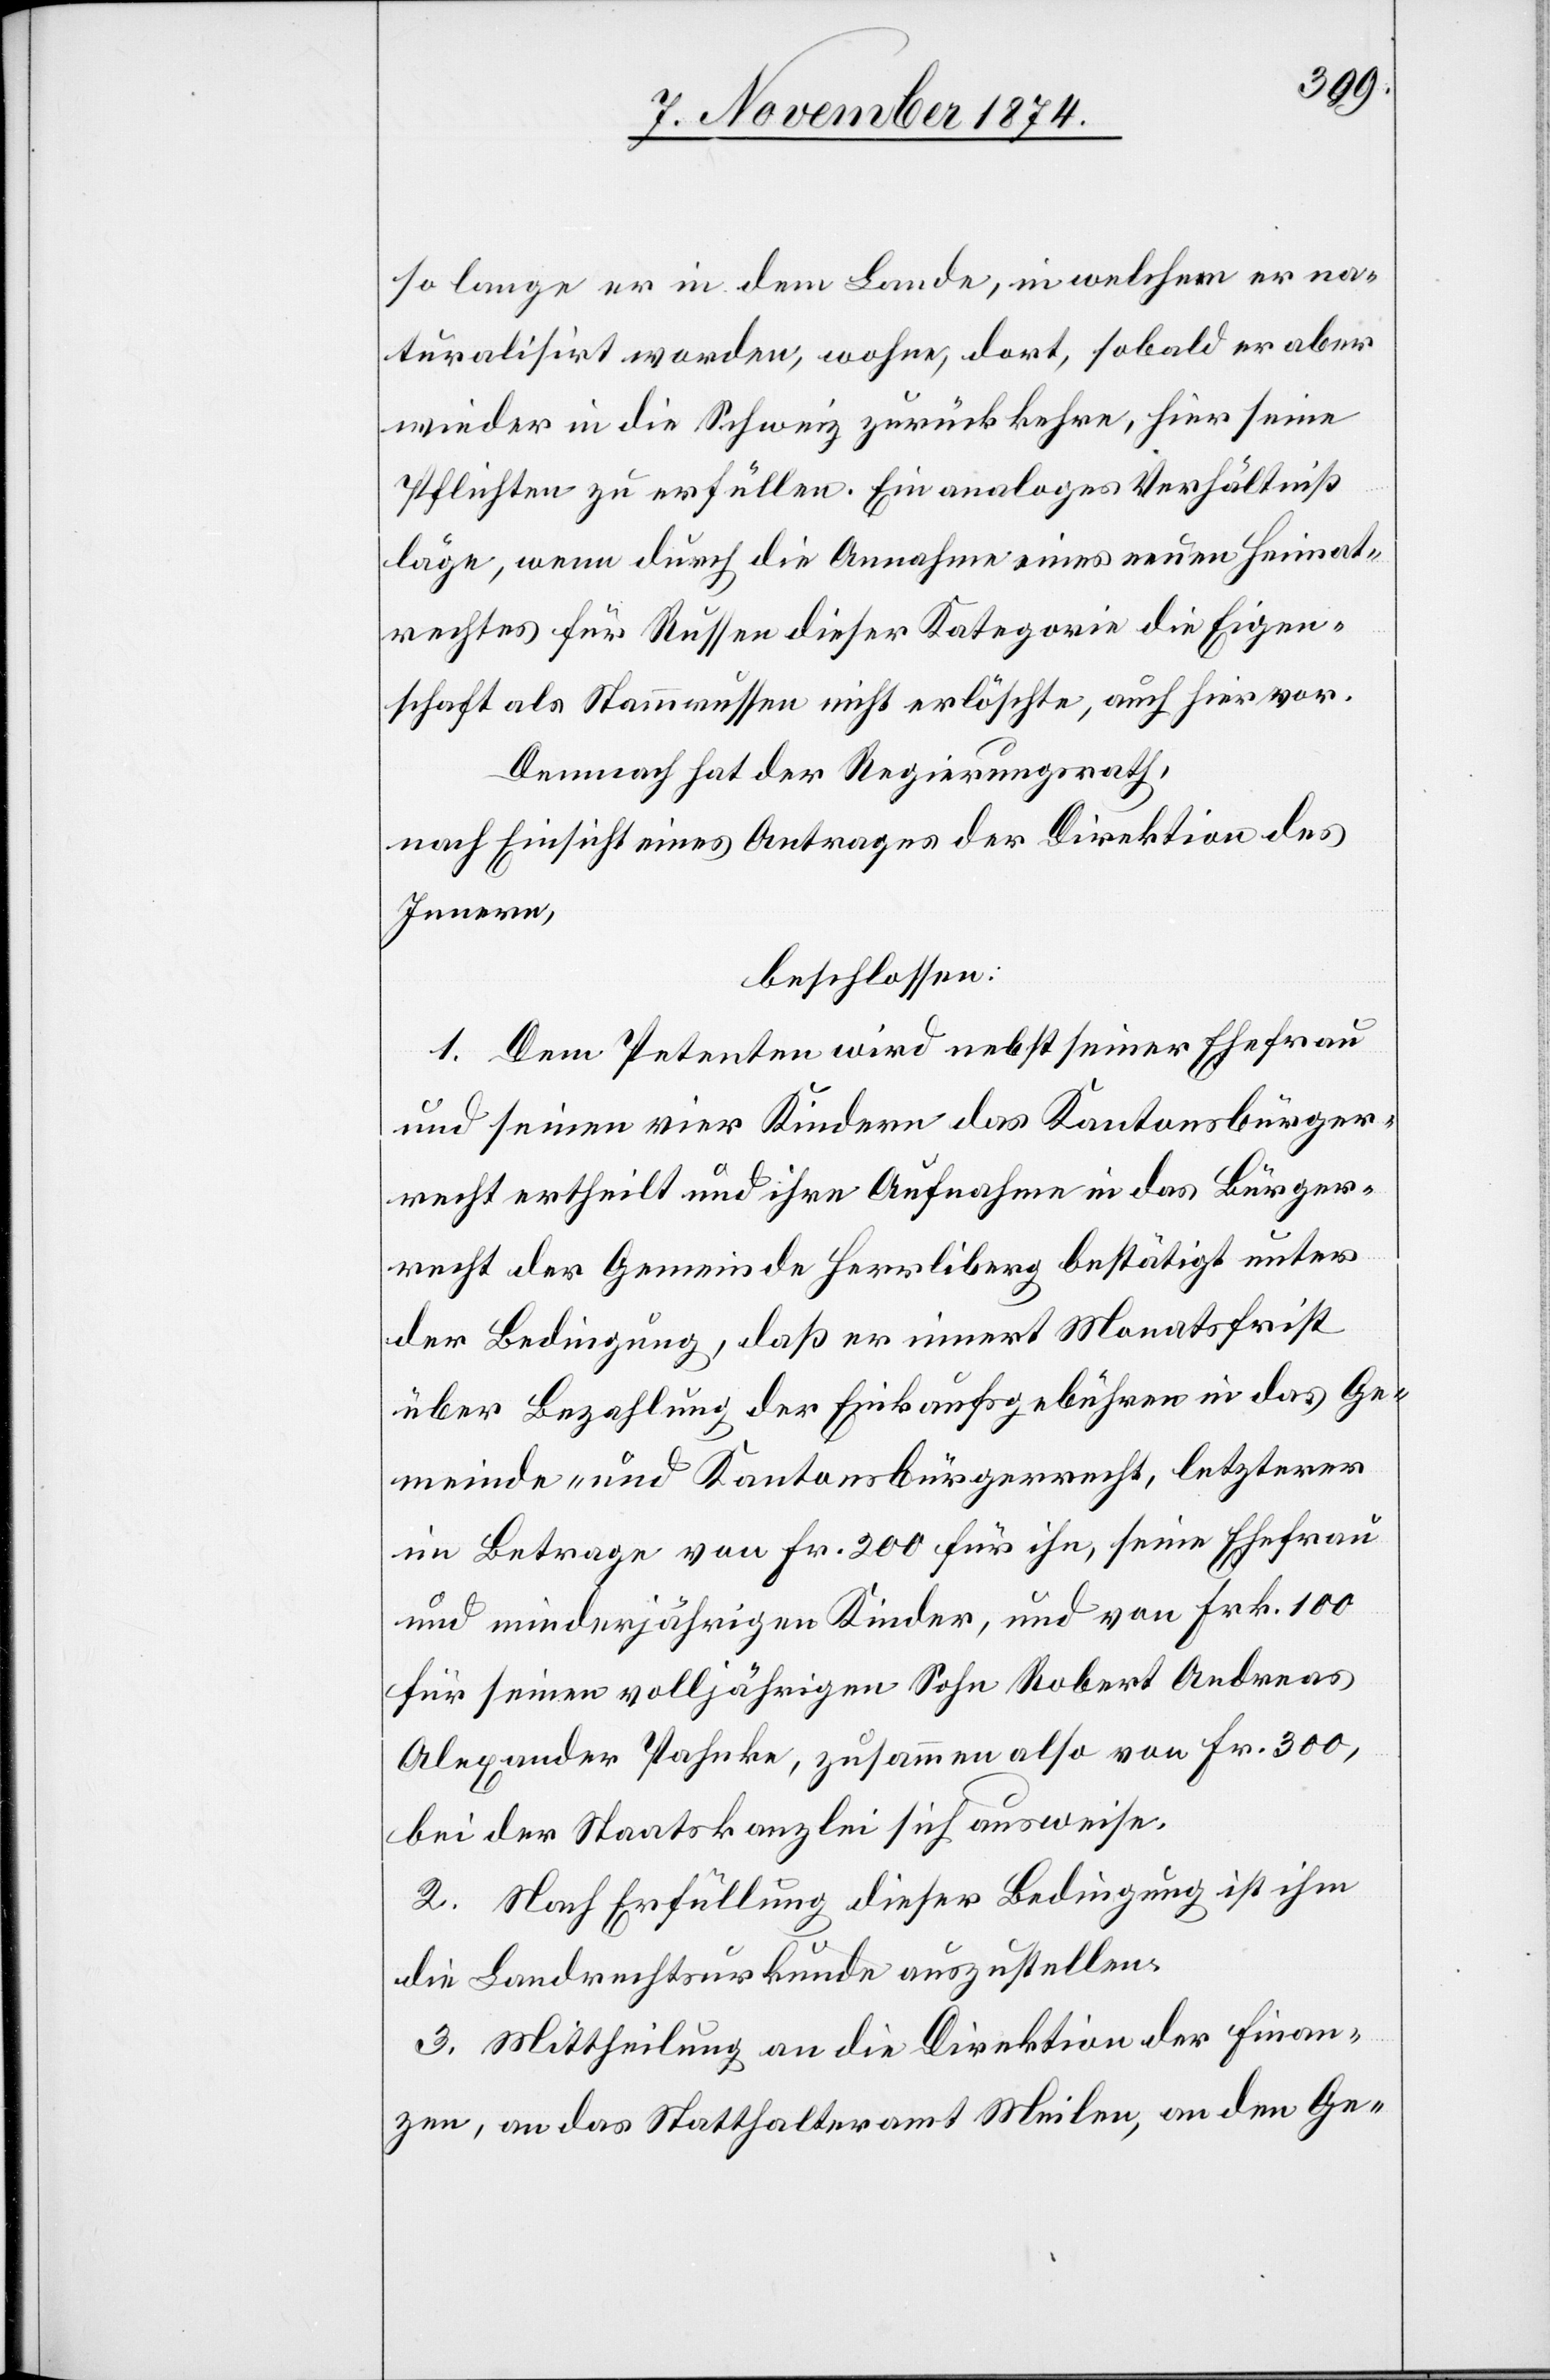
so lange er in dem Lande, in welchem er na¬
turalisirt worden, wohne, dort, sobald er aber
wieder in die Schweiz zurückkehre, hier seine
Pflichten zu erfüllen. Ein analoges Verhältniß
läge, wenn durch die Annahme eines neuen Heimat¬
rechtes für Russen dieser Kategorie die Eigen¬
schaft als Stammrussen nicht erlöschte, auch hier vor.
Demnach hat der Regierungsrath,
nach Einsicht eines Antrages der Direktion des
Innern,
beschlossen:
1. Dem Petenten wird nebst seiner Ehefrau
und seinen vier Kindern das Kantonsbürger¬
recht ertheilt und ihre Aufnahme in des Bürger¬
recht der Gemeinde Herrliberg bestätigt unter
der Bedingung, daß er innert Monatsfrist
über Bezahlung der Einkaufsgebühren in das Ge¬
meinde- und Kantonsbürgerrecht, letzterer
im Betrage von Fr. 200 für ihn, seine Ehefrau
und minderjährigen Kinder, und von Frk. 100
für seinen volljährigen Sohn Robert Andreas
Alexander Pahnke, zusammen also von Fr. 300,
bei der Staatskanzlei sich ausweise.
2. Nach Erfüllung dieser Bedingung ist ihm
die Landrechtsurkunde auszustellen.
3. Mittheilung an die Direktion der Finan¬
zen, an das Statthalteramt Meilen, an den Ge-